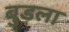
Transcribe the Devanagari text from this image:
बुडला